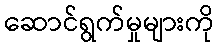
ဆောင်ရွက်မှုများကို